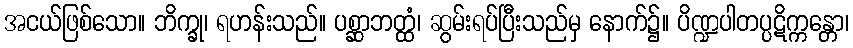
အငယ်ဖြစ်သော။ ဘိက္ခု၊ ရဟန်းသည်။ ပစ္ဆာဘတ္ထံ၊ ဆွမ်းရပ်ပြီးသည်မှ နောက်၌။ ပိဏ္ဍပါတပ္ပဋိက္ကန္တော၊